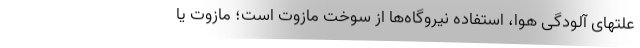
علتهای آلودگی هوا، استفاده نیروگاه‌ها از سوخت مازوت است؛ مازوت یا